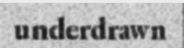
underdrawn